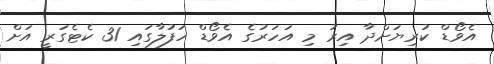
އެވޯޑް ކުރިޔަށްދާ އިރު މި އަހަރުގެ އެވޯޑް ހަފުލާގައި 31 ކެޓެގަރީ އަށް